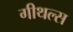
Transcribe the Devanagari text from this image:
गीथल्स